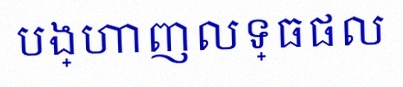
បង្ហាញលទ្ធផល